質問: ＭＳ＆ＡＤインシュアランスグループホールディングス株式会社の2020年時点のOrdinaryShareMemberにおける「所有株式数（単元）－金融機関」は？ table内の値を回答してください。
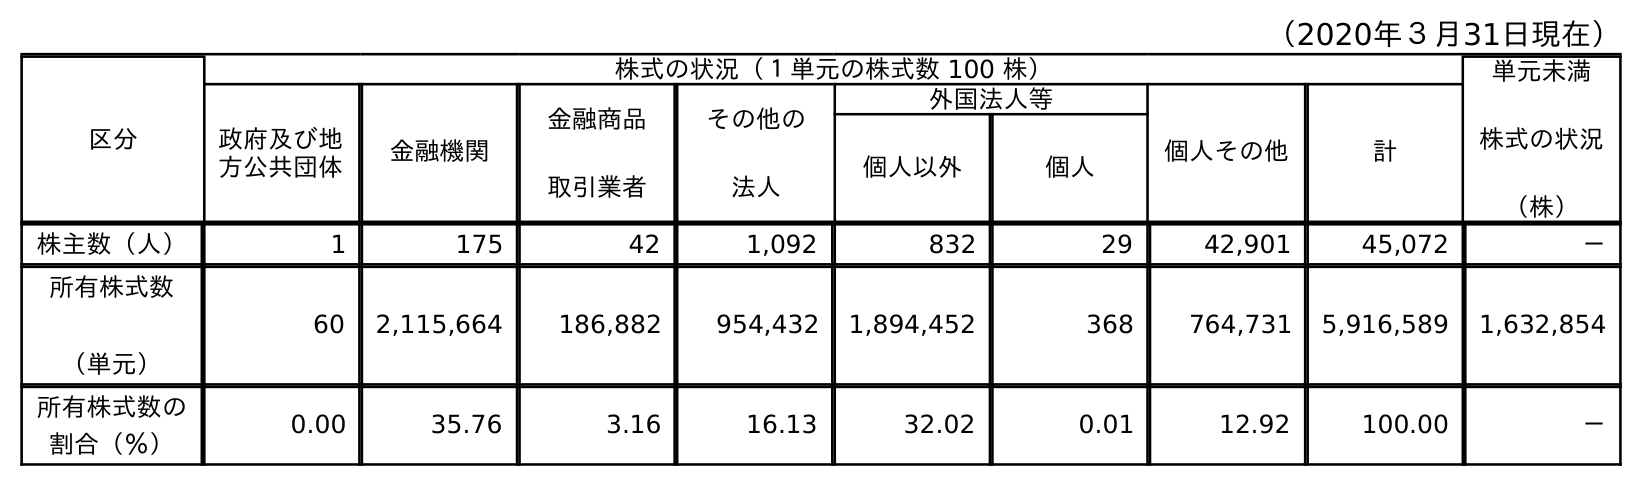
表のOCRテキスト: （2020年３月31日現在） 区分 株式の状況（１単元の株式数 100 株） 単元未満 株式の状況 （株） 政府及び地 方公共団体 金融機関 金融商品 取引業者 その他の 法人 外国法人等 個人その他 計 個人以外 個人 株主数（人） 1 175 42 1,092 832 29 42,901 45,072 － 所有株式数 （単元） 60 2,115,664 186,882 954,432 1,894,452 368 764,731 5,916,589 1,632,854 所有株式数の 割合（％） 0.00 35.76 3.16 16.13 32.02 0.01 12.92 100.00 －
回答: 2,115,664